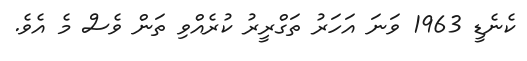
ކެނެޑީ 1963 ވަނަ އަހަރު ތަގްރީރު ކުރެއްވި ތަން ވެސް މެ އެވެ.